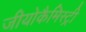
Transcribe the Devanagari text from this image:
जीयोकैमिस्ट्री